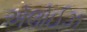
ઍલોઈઝ